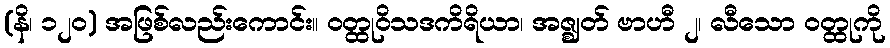
(နိ၊ ၁၂၀) အဖြစ်လည်းကောင်း။ ဝတ္ထုဝိသဒကိရိယာ၊ အဇ္ဈတ် ဗာဟီ ၂၊ လီသော ဝတ္ထုကို